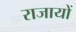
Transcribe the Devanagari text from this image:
राजायों